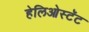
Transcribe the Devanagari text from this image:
हेलिओस्टॅट